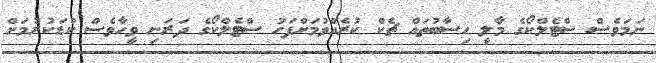
ނަމަވެސް ސްޓެލްކޯގެ މާލީ ހިސާބުތައް ޗެކް ކުރެއްވުމަށްފަހު ސްޓެލްކޯގެ ދަރަނި ވީހާވެސް ކުޑަކުރުމަށް